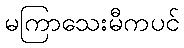
မကြာသေးမီကပင်